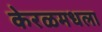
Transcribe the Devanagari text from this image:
केरळमधला